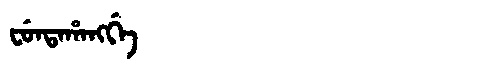
Manchu: ᠸᡠᠨᡨᠠᡥᠠᠩᡤᡝ
Romanization: FUNTAHANGGE